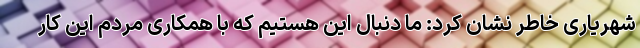
شهریاری خاطر نشان کرد: ما دنبال این هستیم که با همکاری مردم این کار